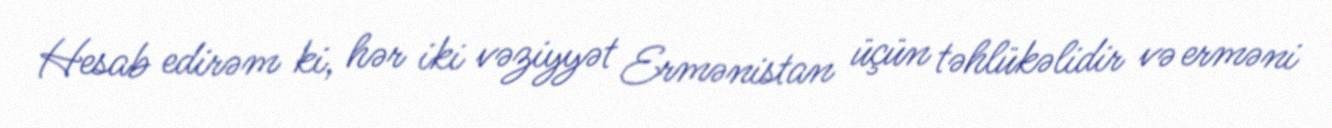
Hesab edirəm ki, hər iki vəziyyət Ermənistan üçün təhlükəlidir və erməni